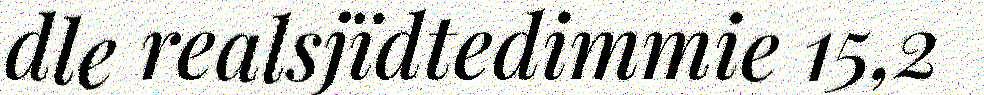
dle realsjïdtedimmie 15,2